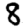
Digit: 8